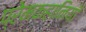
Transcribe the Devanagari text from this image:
प्रेमकहानियाँ